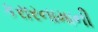
કરારનામાની